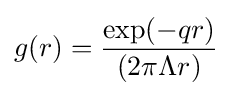
g(r)={\frac {\exp(-qr)}{(2\pi \Lambda r)}}